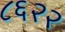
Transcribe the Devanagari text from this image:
८६२२